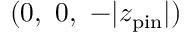
( 0 , \ 0 , \ - \vert z _ { \mathrm { p i n } } \vert )